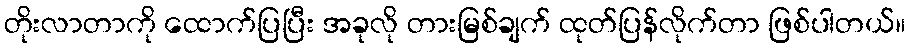
တိုးလာတာကို ထောက်ပြပြီး အခုလို တားမြစ်ချက် ထုတ်ပြန်လိုက်တာ ဖြစ်ပါတယ်။